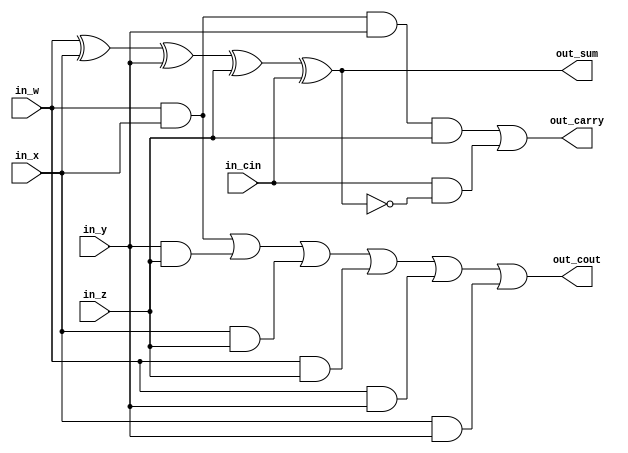
module reducer_4_to_2 (input in_w, input in_x, input in_y, input in_z, input in_cin, output out_sum, output out_carry, output out_cout);

	// These are derived from Truth Table in Week 1 Slides
	assign out_sum = in_w ^ in_x ^ in_y ^ in_z ^ in_cin;
	assign out_cout = (in_w & in_x) | (in_y & in_z) | (in_x & in_z) | (in_w & in_z) | (in_w & in_y) | (in_x & in_y);
	assign out_carry = (in_w & in_x & in_y & in_z) | (in_cin & ~out_sum);

endmodule